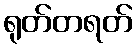
ရုတ်တရတ်